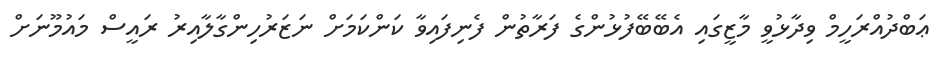
ޢަބްދުއްރަހީމް ވިދާޅުވީ މާޒީގައި އެބޭބޭފުޅުންގެ ފަރާތުން ފެނިފައިވާ ކަންކަމަށް ނަޒަރުހިންގާލާއިރު ރައީސް މައުމޫނަށް